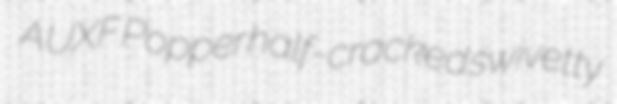
AUXF Popper half-cracked swivetty